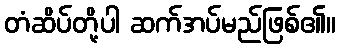
တံဆိပ်တို့ပါ ဆက်အပ်မည်ဖြစ်၏။